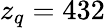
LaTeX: z_{q}=432